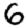
Digit: 6